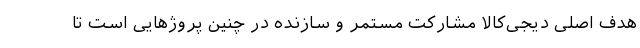
هدف اصلی دیجی‌کالا مشارکت مستمر و سازنده در چنین پروژهایی است تا